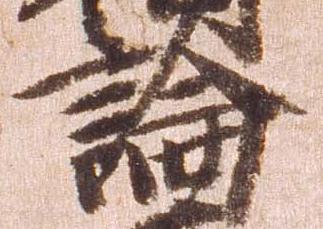
論